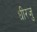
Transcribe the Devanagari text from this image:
धीरजु